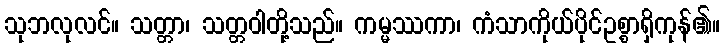
သုဘလုလင်။ သတ္တာ၊ သတ္တဝါတို့သည်။ ကမ္မဿကာ၊ ကံသာကိုယ်ပိုင်ဥစ္စာရှိကုန်၏။